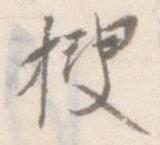
捜